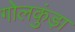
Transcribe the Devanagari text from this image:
गोलकुंड़ा